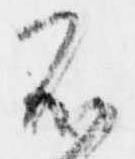
不